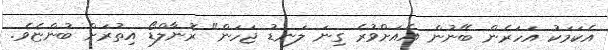
އެކަމަކު އަހަރެން ބޭނުން އެއަށްވުރެ ގިނަ ލަނޑު ޖަހަން" ރޮނާލްޑޯ އިތުރަށް ބުންޏެވެ.